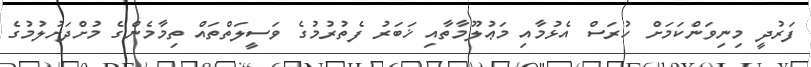
ފަރުދީ މިނިވަންކަމަށް ހުރަސް އެޅުމާއި މަޢުލޫމާތާއި ޚަބަރު ފެތުރުމުގެ ވަސީލަތްތައް ތިމާމެންގެ މުށްދަށުލުމުގެ